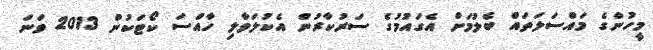
މީހުންގެ މައްސަލަތައް ބެލުމަށް އެގައުމުގެ ސަރުކާރުން އެކުލަވާލި ހާއްސަ ކޯޓަކުން 2013 ވަނަ